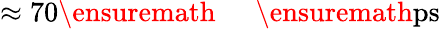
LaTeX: \approx 70\ensuremath{\mathrm{~\textrm~{~\, ~}~}}\ensuremath{\mathrm{ps}}